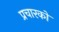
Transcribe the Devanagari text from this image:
प्रचारको